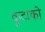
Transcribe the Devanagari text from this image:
कुटाको